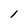
Character: l